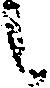
候